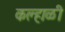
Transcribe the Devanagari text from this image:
कल्हाळी